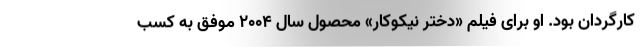
کارگردان بود. او برای فیلم «دختر نیکوکار» محصول سال ۲۰۰۴ موفق به کسب